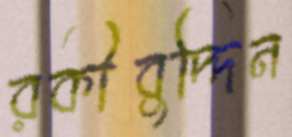
রকীবুদ্দিন